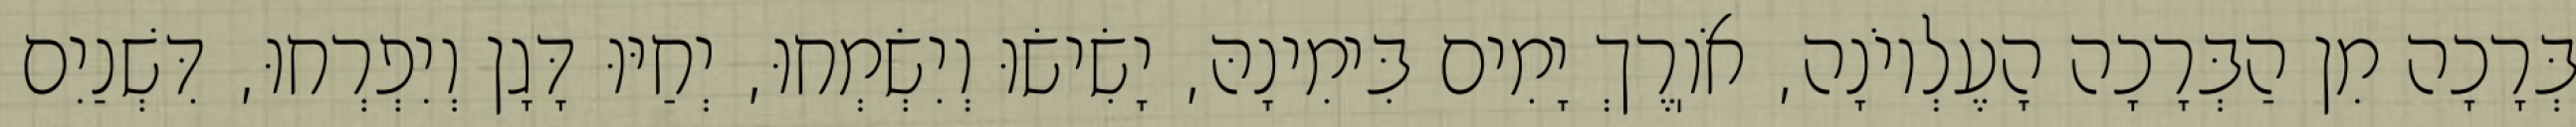
בְּרָכָה מִן הַבְּרָכָה הָעֶלְיוֹנָה, אֹוֽרֶךְ יָמִים בִּימִינָהּ, יָשִׂישׂוּ וְיִשְׂמְחוּ, יְחַיּוּ דָּגָן וְיִפְרְחוּ, דִּשְׁנַיִם